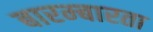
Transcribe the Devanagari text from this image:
बारम्‍बारता